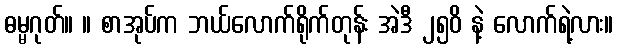
ဓမ္မဂုတ်။ ။ စာအုပ်က ဘယ်လောက်ရိုက်တုန်း အဲဒီ ၂၅၀ိ နဲ့ လောက်ရဲ့လား။